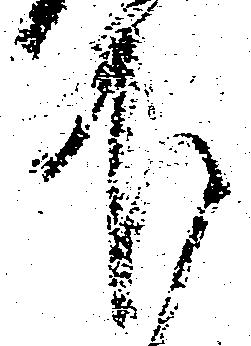
下